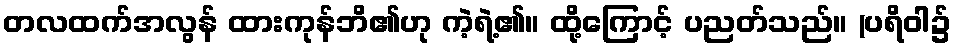
တလထက်အလွန် ထားကုန်ဘိ၏ဟု ကဲ့ရဲ့၏။ ထို့ကြောင့် ပညတ်သည်။ (ပရိဝါ၌